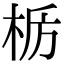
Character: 𫞊